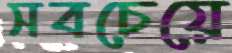
সবচেয়ে